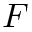
F